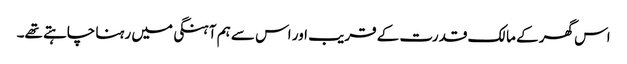
اس گھر کے مالک قدرت کے قریب اور اس سے ہم آہنگی میں رہنا چاہتے تھے۔